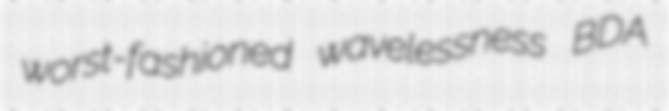
worst-fashioned wavelessness BDA